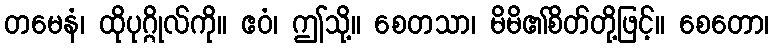
တမေနံ၊ ထိုပုဂ္ဂိုလ်ကို။ ဧဝံ၊ ဤသို့။ စေတသာ၊ မိမိ၏စိတ်တို့ဖြင့်။ စေတော၊